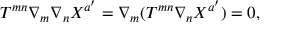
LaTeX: T ^ { m n } \nabla _ { m } \nabla _ { n } X ^ { a ^ { \prime } } = \nabla _ { m } ( T ^ { m n } \nabla _ { n } X ^ { a ^ { \prime } } ) = 0 ,